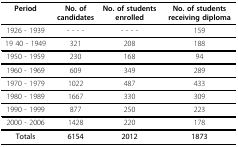
| Period | No. of candidates | No. of students enrolled | No. of students receiving diploma |
 | --- | --- | --- | --- |
 | 1926 - 1939 | ---- | ----- | 159 |
 | 19 40 - 1949 | 321 | 208 | 188 |
 | 1950 - 1959 | 230 | 168 | 94 |
 | 1960 - 1969 | 609 | 349 | 289 |
 | 1970 - 1979 | 1022 | 487 | 433 |
 | 1980 - 1989 | 1667 | 330 | 309 |
 | 1990 - 1999 | 877 | 250 | 223 |
 | 2000 - 2006 | 1428 | 220 | 178 |
 | Totals | 6154 | 2012 | 1873 |